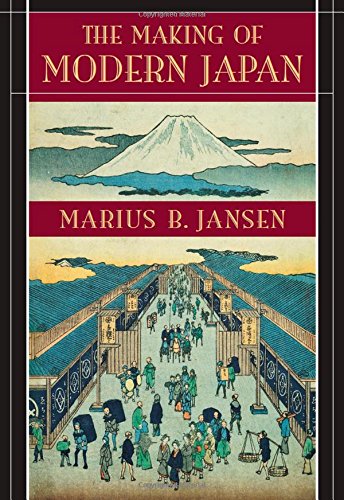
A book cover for The Making of Modern Japan; Marius B. Jansen; History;